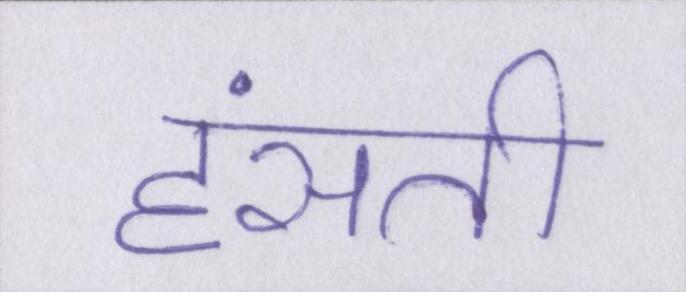
हंसती